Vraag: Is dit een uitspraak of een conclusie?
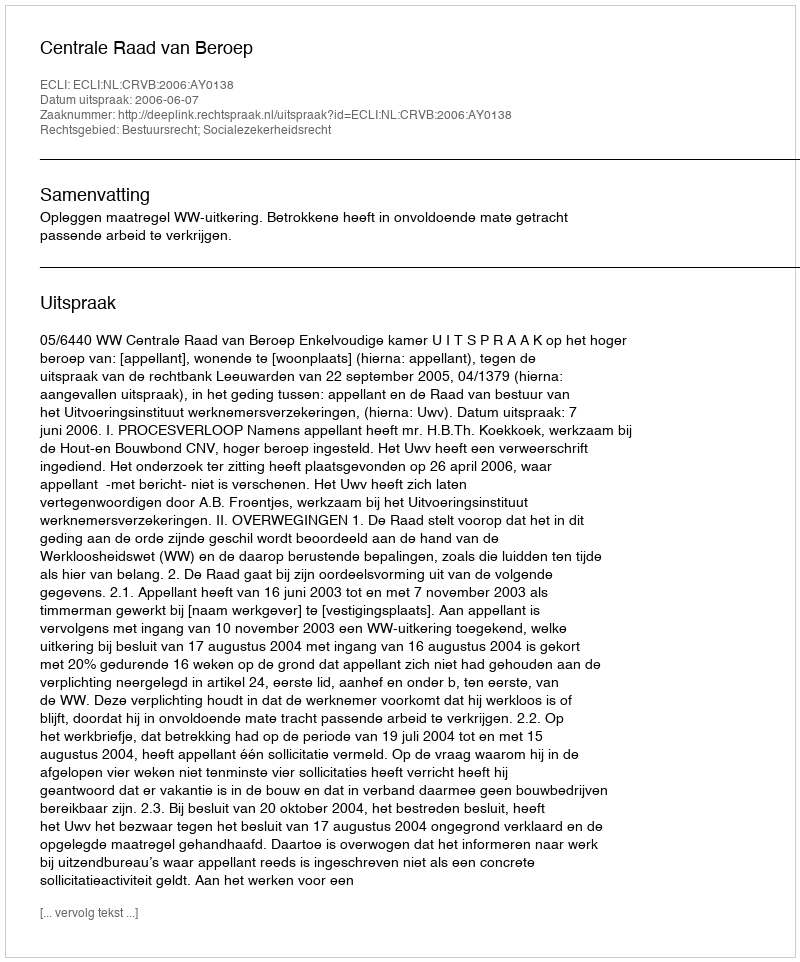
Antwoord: Uitspraak